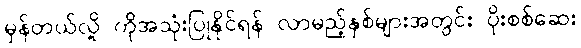
မှန်တယ်လို့ ကိုအသုံးပြုနိုင်ရန် လာမည့်နှစ်များအတွင်း ပိုးစစ်ဆေး